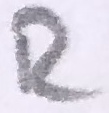
Text: R